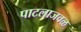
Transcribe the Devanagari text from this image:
पाटलाजवळ